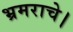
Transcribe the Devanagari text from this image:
भ्रमराचे।